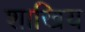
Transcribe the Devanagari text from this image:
शाखिय